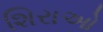
શિરાઓ